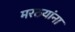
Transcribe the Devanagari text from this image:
मरठयांना